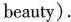
beauty).